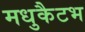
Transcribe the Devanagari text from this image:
मधुकैटभ